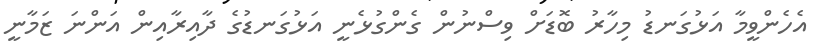
އެހެންވީމާ އަޅުގަނޑު މިހާރު ބޮޑަށް ވިސްނުން ގެންގުޅެނީ އަޅުގަނޑުގެ ދާއިރާއިން އަންނަ ޒަމާނީ